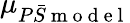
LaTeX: \mu_{P\bar{S}\mathrm{~m~o~d~e~l~}}